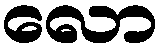
လော